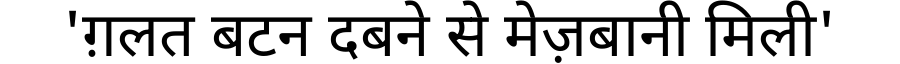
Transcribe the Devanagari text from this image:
'ग़लत बटन दबने से मेज़बानी मिली'